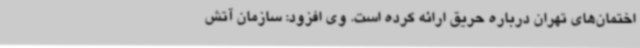
اختمان‌های تهران درباره حریق ارائه کرده است. وی افزود: سازمان آتش